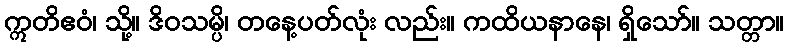
ဣတိဧဝံ၊ သို့။ ဒိဝသမ္ပိ၊ တနေ့ပတ်လုံး လည်း။ ကထိယနာနေ၊ ရှိသော်။ သတ္တာ။